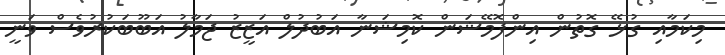
މިކަމާއި ގުޅޭ ގޮތުން އިންފޮމޭޝަން ކޮމިޝަނާ އަބުދުލް އަޒީޒު ޖަމާލު އަބޫބަކުރުވެސް ވަނީ